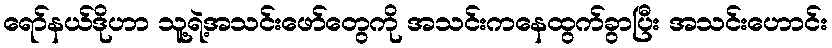
ရော်နယ်ဒိုဟာ သူ့ရဲ့အသင်းဖော်တွေကို အသင်းကနေထွက်ခွာပြီး အသင်းဟောင်း